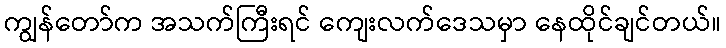
ကျွန်တော်က အသက်ကြီးရင် ကျေးလက်ဒေသမှာ နေထိုင်ချင်တယ်။